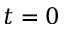
t = 0